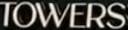
TOWERS